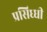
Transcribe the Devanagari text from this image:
प्रसिध्‍धी